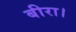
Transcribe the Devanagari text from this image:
बीरा।